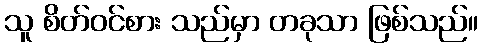
သူ စိတ်ဝင်စား သည်မှာ တခုသာ ဖြစ်သည်။